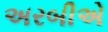
અરબીએ